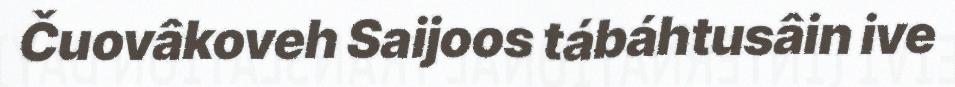
Čuovâkoveh Saijoos tábáhtusâin ive